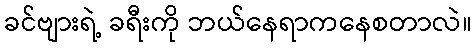
ခင်ဗျားရဲ့ ခရီးကို ဘယ်နေရာကနေစတာလဲ။